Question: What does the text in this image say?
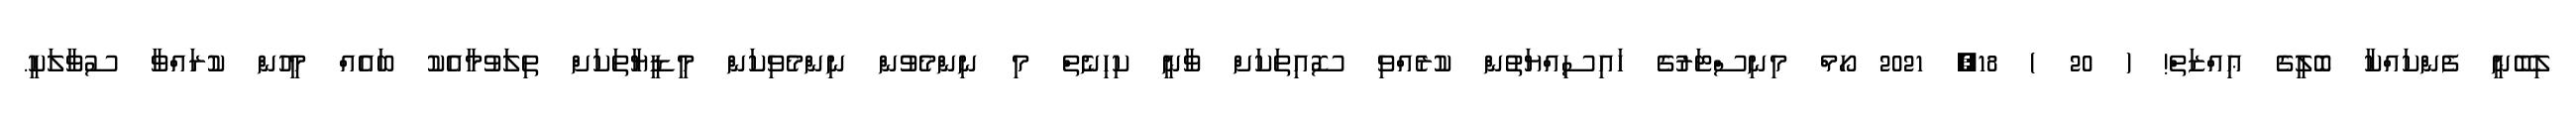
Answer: ލިބޭނީ ފެންކައްކާ ބޮލީގެ ޢިއްޒަތް! ( 20 ) 18, 2021 ހޯމް މިނިސްޓަރުގެ ހައިސިއްޔަތުން ކުރެއްވި ސޮއިތަކަށް ވާނީ ކިހިނެތް މި ނިންމެވުން ނިންމެވިކަން މީޑީޔާތަކަށް ތިލަވުމާއެކު ބައެއް މީހުން ކުރައްވާ ސުވާލަކީ.